Report on horse surra - Volume I
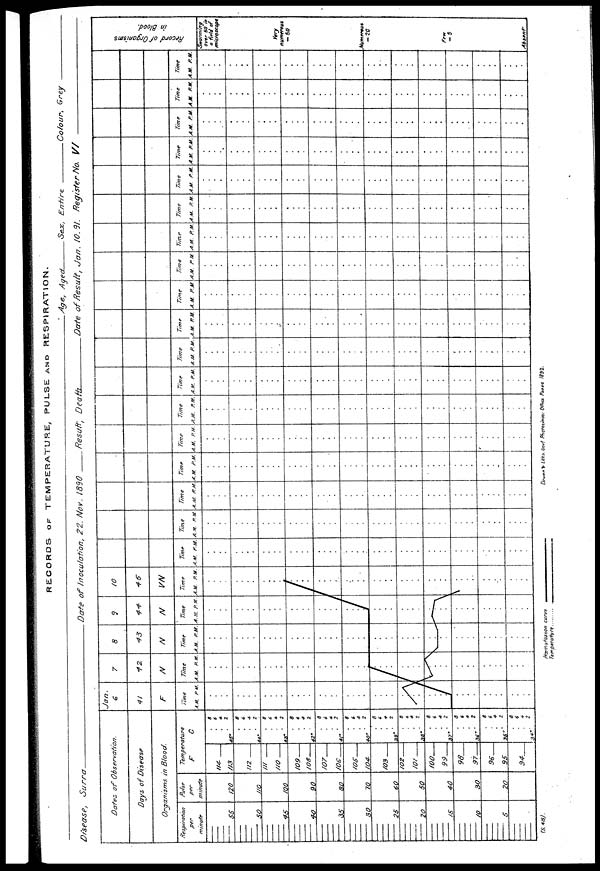
RECORDS OF TEMPERATURE, PULSE AND RESPIRATION.